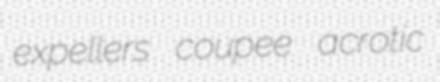
expellers coupee acrotic